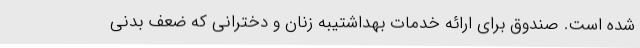
شده است. صندوق برای ارائه خدمات بهداشتیبه زنان و دخترانی که ضعف بدنی